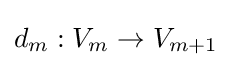
{\textstyle d_{m}:V_{m}\to V_{m+1}}